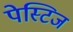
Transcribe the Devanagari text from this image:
पेस्टिज